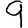
Digit: 9